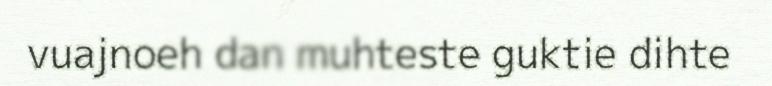
vuajnoeh dan muhteste guktie dihte